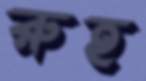
রুহ